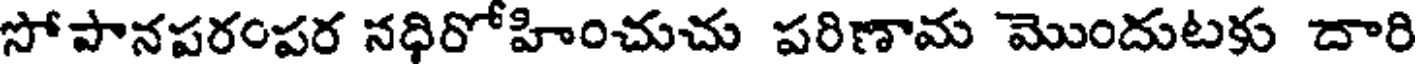
సోపానపరంపర నధిరోహించుచు పరిణామ మొందుటకు దారి